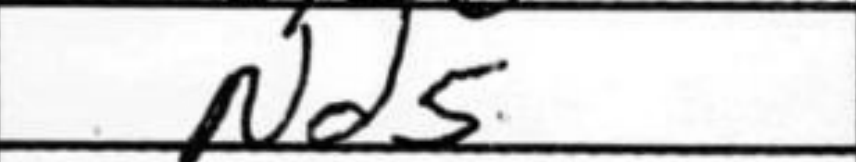
Transcription: Nd5